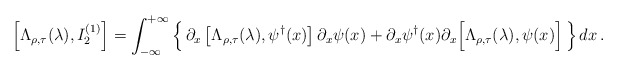
\begin{align*}\left[ \Lambda_{\rho,\tau}( \lambda ), I_2^{( 1 )} \right] = \int_{-\infty}^{+\infty}\left\{ \, \partial_x\left[ \Lambda_{\rho,\tau}( \lambda ), \psi^\dagger( x ) \right] \partial_x\psi( x ) + \partial_x\psi^\dagger( x )\partial_x\Big[ \Lambda_{\rho,\tau}(\lambda ), \psi( x ) \Big]\, \right\} dx \, .\end{align*}